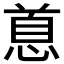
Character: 𪬐